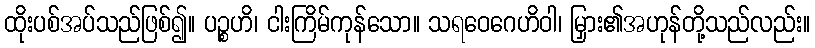
ထိုးပစ်အပ်သည်ဖြစ်၍။ ပဉ္စဟိ၊ ငါးကြိမ်ကုန်သော။ သရဝေဂေဟိဝါ၊ မြှား၏အဟုန်တို့သည်လည်း။